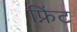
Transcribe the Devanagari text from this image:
फ्निंट